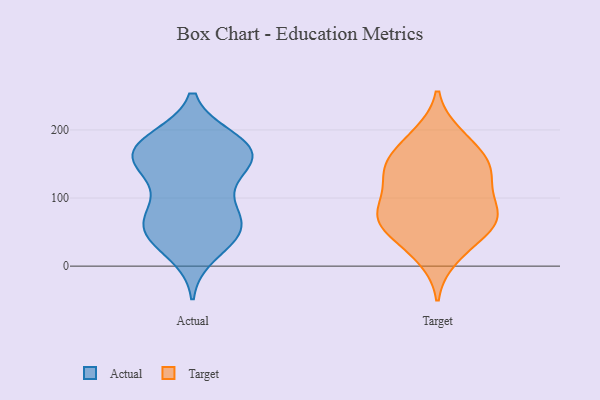
{"axis": {"x": "Revenue (USD Million)", "y": "Value"}, "legend": ["Actual", "Target"], "data": [{"x": "", "y": 155, "type": "Actual"}, {"x": "", "y": 91, "type": "Actual"}, {"x": "", "y": 173, "type": "Actual"}, {"x": "", "y": 186, "type": "Actual"}, {"x": "", "y": 59, "type": "Actual"}, {"x": "", "y": 183, "type": "Actual"}, {"x": "", "y": 158, "type": "Actual"}, {"x": "", "y": 181, "type": "Actual"}, {"x": "", "y": 154, "type": "Actual"}, {"x": "", "y": 138, "type": "Actual"}, {"x": "", "y": 19, "type": "Actual"}, {"x": "", "y": 51, "type": "Actual"}, {"x": "", "y": 48, "type": "Actual"}, {"x": "", "y": 41, "type": "Actual"}, {"x": "", "y": 170, "type": "Actual"}, {"x": "", "y": 63, "type": "Actual"}, {"x": "", "y": 149, "type": "Actual"}, {"x": "", "y": 96, "type": "Actual"}, {"x": "", "y": 64, "type": "Actual"}, {"x": "", "y": 67, "type": "Target"}, {"x": "", "y": 24, "type": "Target"}, {"x": "", "y": 65, "type": "Target"}, {"x": "", "y": 78, "type": "Target"}, {"x": "", "y": 79, "type": "Target"}, {"x": "", "y": 107, "type": "Target"}, {"x": "", "y": 136, "type": "Target"}, {"x": "", "y": 50, "type": "Target"}, {"x": "", "y": 156, "type": "Target"}, {"x": "", "y": 194, "type": "Target"}, {"x": "", "y": 149, "type": "Target"}, {"x": "", "y": 146, "type": "Target"}, {"x": "", "y": 192, "type": "Target"}, {"x": "", "y": 138, "type": "Target"}, {"x": "", "y": 89, "type": "Target"}, {"x": "", "y": 120, "type": "Target"}, {"x": "", "y": 56, "type": "Target"}, {"x": "", "y": 167, "type": "Target"}, {"x": "", "y": 68, "type": "Target"}, {"x": "", "y": 12, "type": "Target"}]}